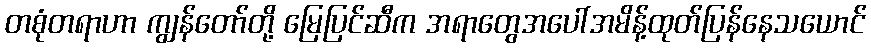
တစုံတရာဟာ ကျွန်တော်တို့ မြေပြင်ဆီက အရာတွေအပေါ်အမိန့်ထုတ်ပြန်နေသယောင်